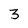
Character: 3